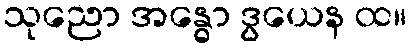
သုညော အန္ဓော ဒွယေန ထ။